Report on plague and inoculation in the Punjab from October 1st ... to September 30th..., being the ... season of plague in the province
Disease focus: Plague
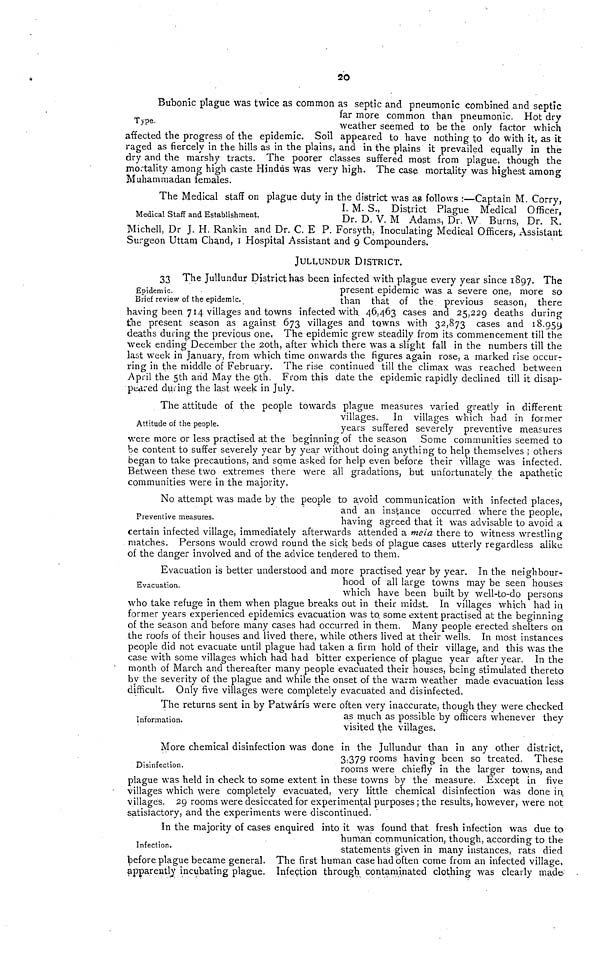
20
Type.
Bubonic plague was twice as common as septic and pneumonic combined and septic
far more common than pneumonic. Hot dry
weather seemed to be the only factor which
affected the progress of the epidemic. Soil appeared to have nothing to do with it, as it
raged as fiercely in the hills as in the plains, and in the plains it prevailed equally in the
dry and the marshy tracts. The poorer classes suffered most from plague, though the
mortality among high caste Hindus was very high. The case mortality was highest among
Muhammadan females.
Medical Staff and Establishment,
The Medical staff on plague duty in the district was as follows :—Captain M. Corry,
I. M. S., District Plague Medical Officer,
Dr. D. V. M Adams, Dr. W Burns, Dr. R.
Michell, Dr J. H. Rankin and Dr. C. E P. Forsyth,. Inoculating Medical Officers, Assistant
Surgeon Uttam Chand, I Hospital Assistant and 9 Compounders.
JULLUNDUR DISTRICT.
Epidemic.
Brief review of the epidemic.
33 The Jullundur District has been infected with plague every year since 1897. The
present epidemic was a severe one, more so
than that of the previous season, there
having been 714 villages and towns infected with. 46,463 cases and 25,229 deaths during
the present season as against 673 villages and towns with 32,873 cases and 18,959
deaths during the previous one, The epidemic grew steadily from its commencement till the
week ending December the 20th, after which there was a slight fall in the numbers till the
last week in January, from which time onwards the figures again rose, a marked rise occur-
ring in the middle of February. The rise continued till the climax was reached between
April the 5th and May the 9th. From this date the epidemic rapidly declined till it disap-
peared during the last week in July.
Attitude of the people.
The attitude of the people towards plague measures varied greatly in different
villages. In villages which had in former
years suffered severely preventive measures
were more or less practised at the beginning of the season Some communities seemed to
be content to suffer severely year by year without doing anything to help themselves ; others
began to take precautions, and some asked for help even before their village was infected.
Between these two extremes there were all gradations, but unfortunately the apathetic
communities were in the majority.
Preventive measures.
No attempt was made by the people to avoid communication with infected places,
and an instance occurred where the people,
having agreed that it was advisable to avoid a
certain infected village, immediately afterwards attended a mela there to witness wrestling
matches. Persons would crowd round the sick beds of plague cases utterly regardless alike
of the danger involved and of the advice tendered to them.
Evacuation.
Evacuation is better understood and more practised year by year. In the neighbour-
hood of all large towns may be seen houses
which have been built by well-to-do persons
who take refuge in them when plague breaks out in their midst. In villages which had in
former years experienced epidemics evacuation was to, some extent practised at the beginning
of the season and before many cases had occurred in them. Many people erected shelters on
the roofs of their houses and lived there, while others lived at their wells. In most instances
people did not evacuate until plague had taken a firm hold of their village, and this was the
case with some villages which had had bitter experience of plague year after year. In the
month of March and thereafter many people evacuated their houses, being stimulated thereto
by the severity of the plague and while the onset of the warm weather made evacuation less
difficult. Only five villages were completely evacuated and disinfected.
Information.
The returns sent in by Patwárís were often very inaccurate, though they were checked
as much as possible by officers whenever they
visited the villages.
Disinfection.
More chemical disinfection was done in the Jullundur than in any other district,
3,379 rooms having been so treated. These
rooms were chiefly in the larger towns, and
plague was held in check to some extent in these towns by the measure. Except in five
villages which were completely evacuated, very little chemical disinfection was done in,
villages. 29 rooms were desiccated for experimental purposes ; the results, however, were not
satislactory, and the experiments were discontinued,
Infection.
In the majority of cases enquired into it was found that fresh infection was due to
human communication, though, according to the
statements given in many instances, rats died
before plague became general. The first human case had often come from an infected village,
apparently incubating plague. Infection through contaminated clothing was clearly made-